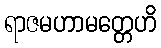
ရာဇမဟာမတ္တေဟိ